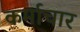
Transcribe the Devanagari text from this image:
कर्माचार